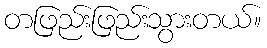
တဖြည်းဖြည်းသွားတယ်။